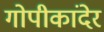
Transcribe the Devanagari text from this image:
गोपीकांदेर